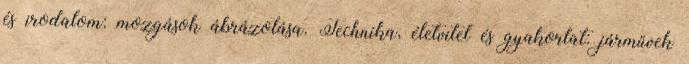
és irodalom: mozgások ábrázolása. Technika, életvitel és gyakorlat: járművek